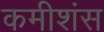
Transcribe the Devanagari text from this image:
कमीशंस